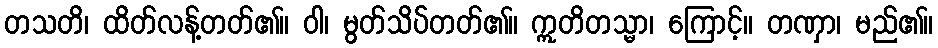
တသတိ၊ ထိတ်လန့်တတ်၏။ ဝါ၊ မွတ်သိပ်တတ်၏။ ဣတိတသ္မာ၊ ကြောင့်။ တဏှာ၊ မည်၏။